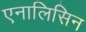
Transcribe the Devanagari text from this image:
एनालिसिन